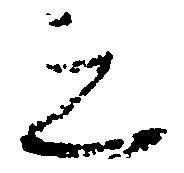
之